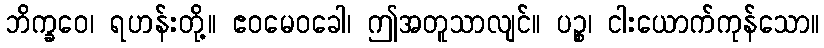
ဘိက္ခဝေ၊ ရဟန်းတို့။ ဧဝမေဝခေါ၊ ဤအတူသာလျင်။ ပဉ္စ၊ ငါးယောက်ကုန်သော။